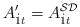
LaTeX: \begin{align*}A^{\prime}_{{\dot 1}t}=A^{{\cal SD}}_{{\dot 1}t}\end{align*}